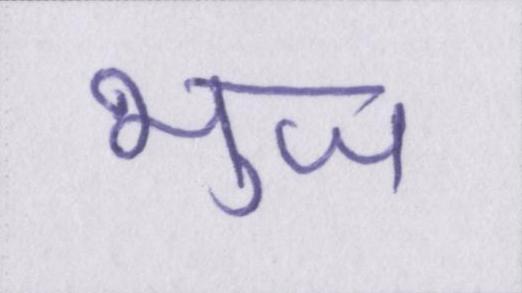
भुज